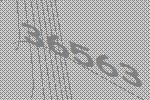
36563